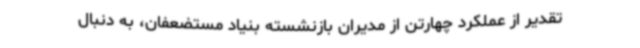
تقدیر از عملکرد چهارتن از مدیران بازنشسته بنیاد مستضعفان، به دنبال